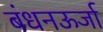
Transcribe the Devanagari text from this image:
बंधनऊर्जा